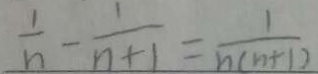
\frac { 1 } { n } - \frac { 1 } { n + 1 } = \frac { 1 } { n ( n + 1 ) }